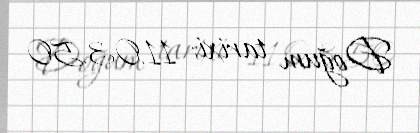
Doğum tarixi: 11.03.50